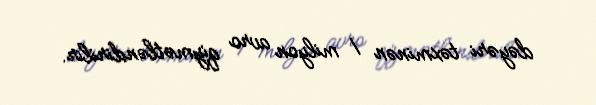
dəyəri təxminən 1 milyon avro qiymətləndirilir.